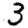
Digit: 3